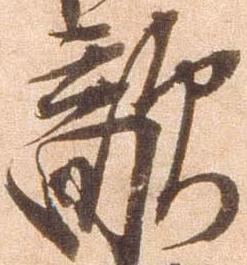
敵